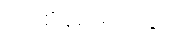
ကထိန်၌ မှတ်ဖွယ်